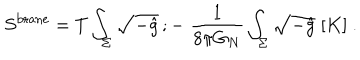
LaTeX: S ^ { \mathrm { b r a n e } } = T \int _ { \Sigma } \sqrt { - \hat { g } } \, ; - \; { \frac { 1 } { 8 \pi G _ { N } } } \int _ { \Sigma } \sqrt { - \hat { g } } \; [ K ] \ .